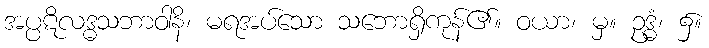
အပ္ပဋိလဒ္ဓသဘာဝါနိ၊ မရအပ်သော သဘောရှိကုန်၏။ ဝယာ၊ မှ။ ဥဒ္ဓံ၊ ၌။